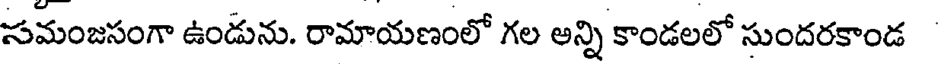
సమంజసంగా ఉండును. రామాయణంలో గల అన్ని కాండలలో సుందరకాండ